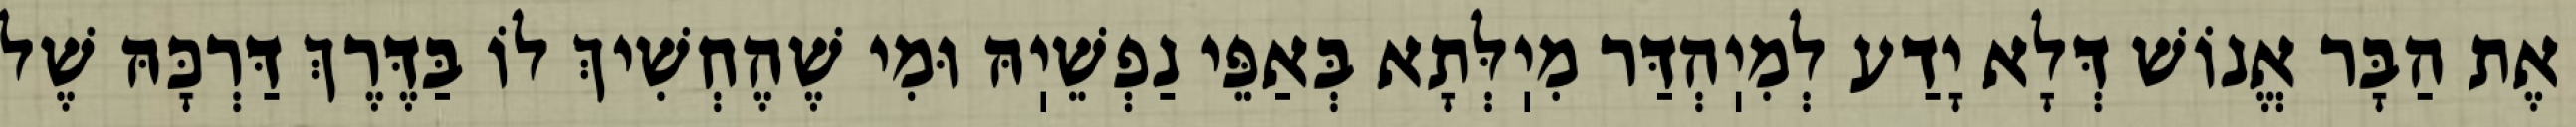
אֶת הַבָּר אֱנוֹשׁ דְּלָא יָדַע לְמִיֽהְדַּר מִיֽלְּתָא בְּאַפֵּי נַפְשֵׁיֽהּ וּמִי שֶׁהֶחְשִׁיךְ לוֹ בַּדֶּרֶךְ דַּרְכָּהּ שֶׁל